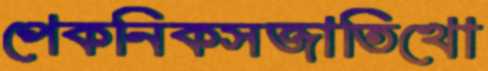
পেকনিকসজাতিখো